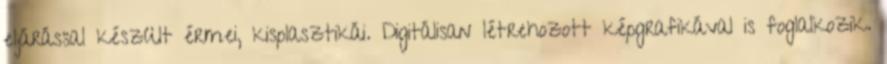
eljárással készült érmei, kisplasztikái. Digitálisan létrehozott képgrafikával is foglalkozik.